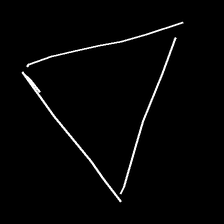
Glyph: convergence